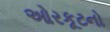
ઓરકૂટનો